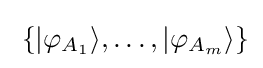
\;\{|\varphi _{A_{1}}\rangle ,\ldots ,|\varphi _{A_{m}}\rangle \}